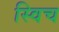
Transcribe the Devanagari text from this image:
स्‍विच